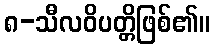
၈-သီလဝိပတ္တိဖြစ်၏။